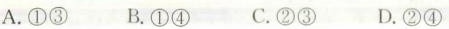
A.①③B.①④ C.②③D.②④